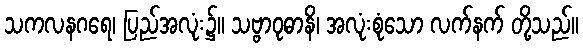
သကလနဂရေ၊ ပြည်အလုံး၌။ သဗ္ဗာဝုဓာနိ၊ အလုံးစုံသော လက်နက် တို့သည်။